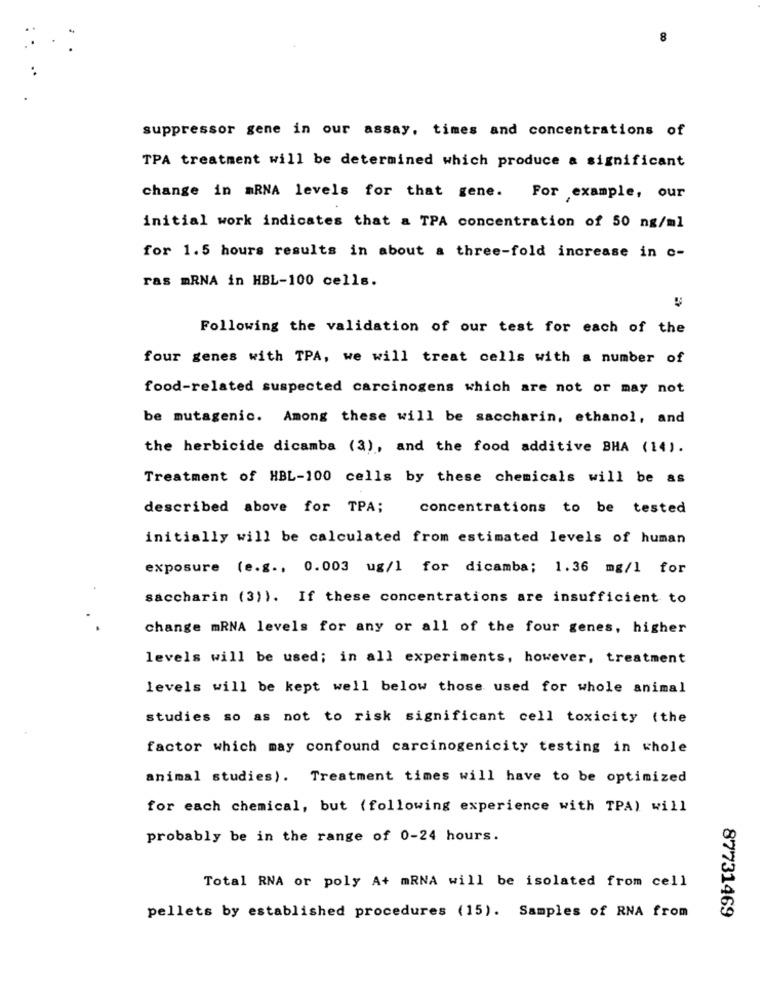
suppressor gene in our assay. times and concentrations of
TPA treatment will be determined which produce a significant
change in mRNA levels for that gene. For example, our
initial work indicates that a TPA concentration of 50 ng/ml
for 1.5 hours results in about a three-fold increase in c-
ras mRNA in HBL-100 cells.
Following the validation of our test for each of the
four genes with TPA, we will treat cells with a number of
food-related suspected carcinogens which are not or may not
be mutagenic. Among these will be saccharin, ethanol, and
the herbicide dicamba (3), and the food additive BHA (14).
Treatment of HBL-100 cells by these chemicals will be as
described above for TPA;
concentrations to be tested
initially will be calculated from estimated levels of human
exposure (e.g ., 0.003 ug/1 for dicamba; 1.36 mg/1 for
saccharin (3)). If these concentrations are insufficient to
change mRNA levels for any or all of the four genes, higher
levels will be used; in all experiments, however, treatment
levels will be kept well below those used for whole animal
studies so as not to risk significant cell toxicity (the
factor which may confound carcinogenicity testing in whole
animal studies). Treatment times will have to be optimized
for each chemical, but ( following experience with TPA) will
probably be in the range of 0-24 hours.
Total RNA or poly A+ mRNA will be isolated from cell
87731469
pellets by established procedures (15). Samples of RNA from